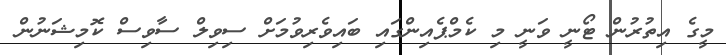
މީގެ އިތުރުން ޓޯނީ ވަނީ މި ކެމްޕެއިންގައި ބައިވެރިވުމަށް ސިވިލް ސާވިސް ކޮމިޝަނުން